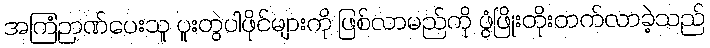
အကြံဉာဏ်ပေးသူ ပူးတွဲပါဖိုင်များကို ဖြစ်လာမည်ကို ဖွံဖြိုးတိုးတက်လာခဲ့သည်